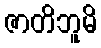
ဇာတိဘူမိ